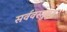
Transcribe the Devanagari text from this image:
सर्ववस्तुषु॥